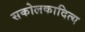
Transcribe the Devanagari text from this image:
सकोलकादित्य